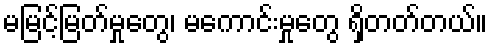
မမြင့်မြတ်မှုတွေ၊ မကောင်းမှုတွေ ရှိတတ်တယ်။